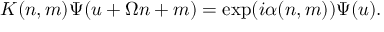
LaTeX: K ( n , m ) \Psi ( u + \Omega n + m ) = \exp ( i \alpha ( n , m ) ) \Psi ( u ) .